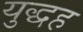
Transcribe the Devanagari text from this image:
युद्धह